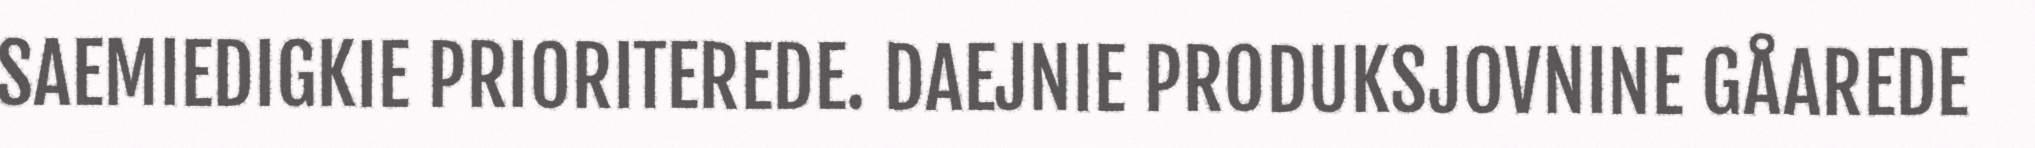
SAEMIEDIGKIE PRIORITEREDE. DAEJNIE PRODUKSJOVNINE GÅAREDE